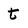
Character: t